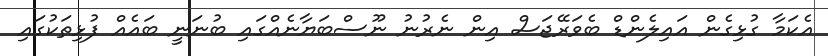
އެކަމާ ގުޅިގެން އައިލެންޑް ބެވަރޭޖަސް އިން ނެރުނު ނޫސްބަޔާނެއްގައި ބުނަނީ ބައެއް ފުޅިތަކުގައި